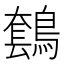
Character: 𪄤